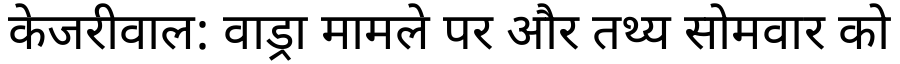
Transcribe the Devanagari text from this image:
केजरीवाल: वाड्रा मामले पर और तथ्य सोमवार को